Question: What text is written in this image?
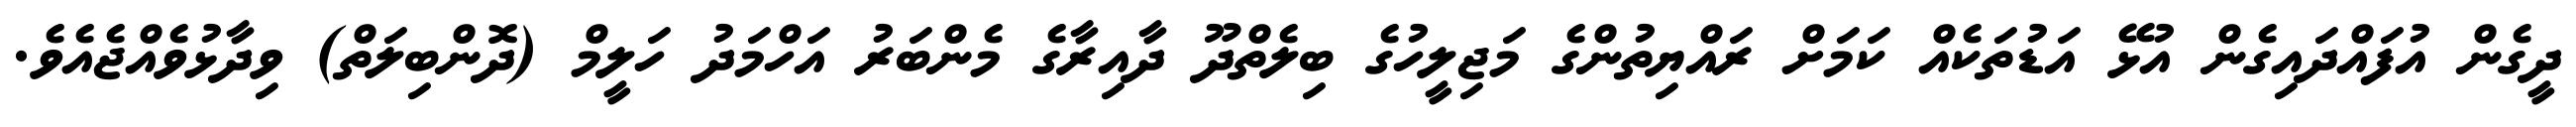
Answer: ދީގެން އުފައްދައިގެން އުޅޭ އަޑުތަކެއް ކަމަށް ރައްޔިތުންގެ މަޖިލީހުގެ ބިލެތްދޫ ދާއިރާގެ މެންބަރު އަހްމަދު ހަލީމް (ދޮންބިލަތް) ވިދާޅުވެއްޖެއެވެ.